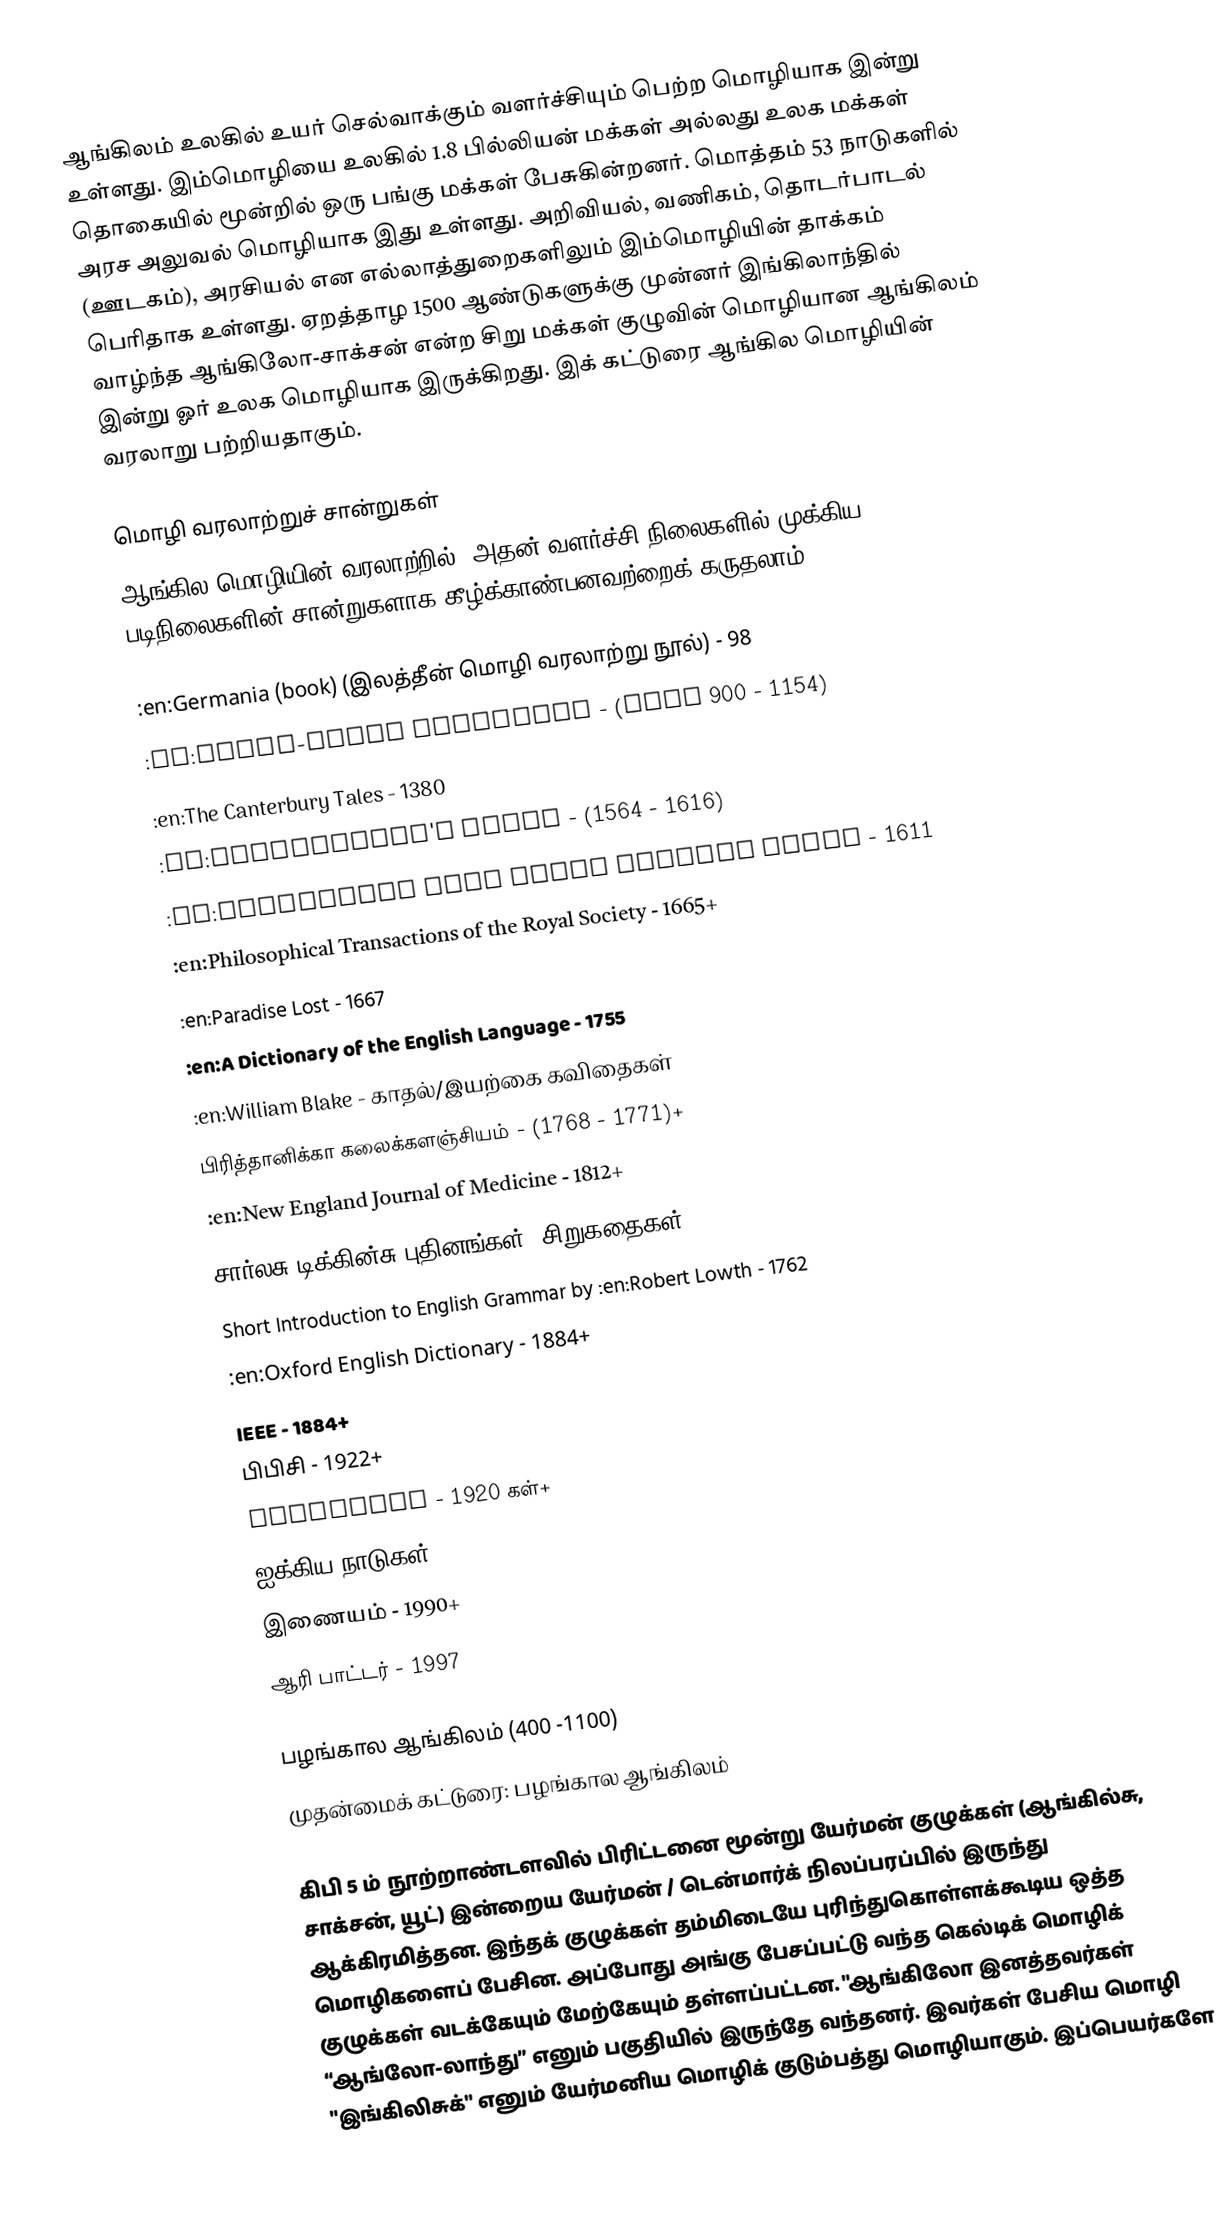
ஆங்கிலம் உலகில் உயர் செல்வாக்கும் வளர்ச்சியும் பெற்ற மொழியாக இன்று உள்ளது.  இம்மொழியை உலகில் 1.8 பில்லியன் மக்கள்  அல்லது  உலக மக்கள் தொகையில் மூன்றில் ஒரு பங்கு மக்கள் பேசுகின்றனர்.  மொத்தம் 53 நாடுகளில் அரச அலுவல் மொழியாக இது உள்ளது.  அறிவியல், வணிகம், தொடர்பாடல் (ஊடகம்), அரசியல் என எல்லாத்துறைகளிலும்  இம்மொழியின் தாக்கம் பெரிதாக உள்ளது. ஏறத்தாழ 1500 ஆண்டுகளுக்கு முன்னர் இங்கிலாந்தில் வாழ்ந்த ஆங்கிலோ-சாக்சன் என்ற சிறு மக்கள் குழுவின் மொழியான ஆங்கிலம் இன்று ஓர் உலக மொழியாக இருக்கிறது.  இக் கட்டுரை ஆங்கில மொழியின் வரலாறு பற்றியதாகும்.

மொழி வரலாற்றுச் சான்றுகள்
ஆங்கில மொழியின் வரலாற்றில், அதன் வளர்ச்சி நிலைகளில் முக்கிய படிநிலைகளின் சான்றுகளாக கீழ்க்காண்பனவற்றைக் கருதலாம்.

 :en:Germania (book) (இலத்தீன் மொழி வரலாற்று நூல்) - 98
 :en:Anglo-Saxon Chronicle - (late 900 - 1154)
 :en:The Canterbury Tales - 1380
 :en:Shakespeare's plays - (1564 - 1616)
 :en:Authorized King James Version Bible - 1611
 :en:Philosophical Transactions of the Royal Society - 1665+
 :en:Paradise Lost - 1667
 :en:A Dictionary of the English Language - 1755
 :en:William Blake - காதல்/இயற்கை கவிதைகள்
 பிரித்தானிக்கா கலைக்களஞ்சியம் - (1768 - 1771)+
 :en:New England Journal of Medicine - 1812+
 சார்லசு டிக்கின்சு புதினங்கள், சிறுகதைகள் - (1812 - 1870)
 Short Introduction to English Grammar by :en:Robert Lowth - 1762
 :en:Oxford English Dictionary - 1884+
 IEEE - 1884+
 பிபிசி - 1922+
 Hollywood - 1920 கள்+
 ஐக்கிய நாடுகள் - 1945+
 இணையம் - 1990+
 ஆரி பாட்டர் - 1997

பழங்கால ஆங்கிலம் (400 -1100)
முதன்மைக் கட்டுரை: பழங்கால ஆங்கிலம்

கிபி 5 ம் நூற்றாண்டளவில் பிரிட்டனை மூன்று யேர்மன் குழுக்கள் (ஆங்கில்சு, சாக்சன், யூட்) இன்றைய யேர்மன் / டென்மார்க் நிலப்பரப்பில் இருந்து ஆக்கிரமித்தன.  இந்தக் குழுக்கள் தம்மிடையே புரிந்துகொள்ளக்கூடிய ஒத்த மொழிகளைப் பேசின.  அப்போது அங்கு பேசப்பட்டு வந்த கெல்டிக் மொழிக் குழுக்கள் வடக்கேயும் மேற்கேயும் தள்ளப்பட்டன.  "ஆங்கிலோ இனத்தவர்கள் “ஆங்லோ-லாந்து” எனும் பகுதியில் இருந்தே வந்தனர். இவர்கள் பேசிய மொழி "இங்கிலிசுக்" எனும் யேர்மனிய மொழிக் குடும்பத்து மொழியாகும். இப்பெயர்களே